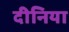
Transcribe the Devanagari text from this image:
दीनिया